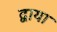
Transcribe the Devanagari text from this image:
द्वाया